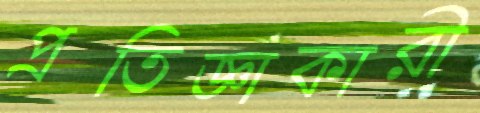
প্রতিজ্ঞাকারী